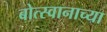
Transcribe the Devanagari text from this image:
बोत्स्वानाच्या